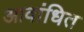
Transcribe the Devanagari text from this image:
आवांधित